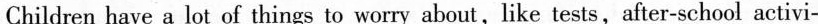
Children have a lot of things to worry about,like tests,after-school activi-